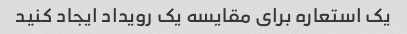
یک استعاره برای مقایسه یک رویداد ایجاد کنید